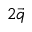
2 \vec { q }